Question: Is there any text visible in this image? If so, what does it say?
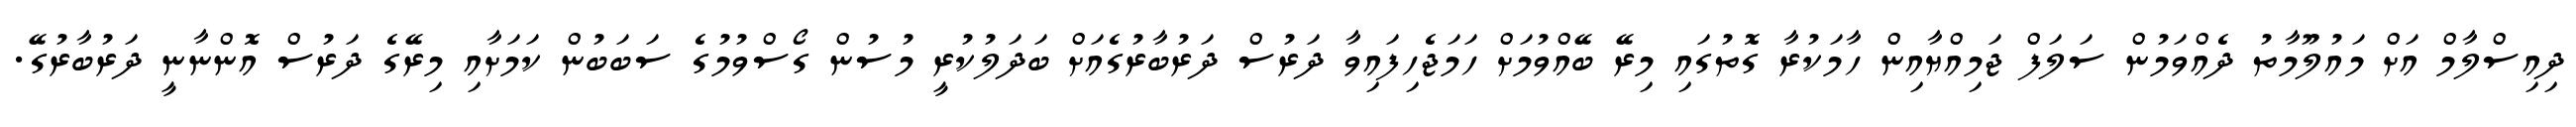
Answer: ދިއިސްލާމް އަށް މައުލޫމާތު ދެއްވަމުން ސަލަފް ޖަމިއްޔާއިން ހާމަކުރާ ގޮތުގައި މިރޭ ބޭއްވުމަށް ހަމަޖެހިފައިވާ ދަރުސް ދަރުބާރުގެއަށް ބަދަލުކުރީ މުސުން ގޯސްވުމުގެ ސަބަބުން ކަމަށާއި މިރޭގެ ދަރުސް އޮންނާނީ ދަރުބާރުގޭ.